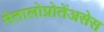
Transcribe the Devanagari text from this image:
मेतालोप्रोतेंअसेस